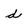
Character: d